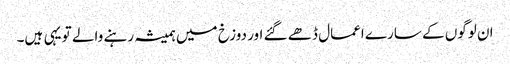
ان لوگوں کے سارے اعمال ڈھے گئے اور دوزخ میں ہمیشہ رہنے والے تو یہی ہیں۔